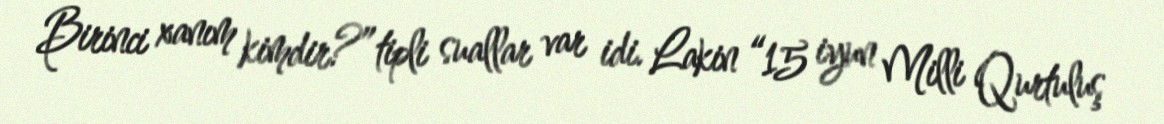
Birinci xanım kimdir?” tipli suallar var idi. Lakin “15 iyun Milli Qurtuluş